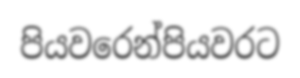
පියවරෙන්පියවරට